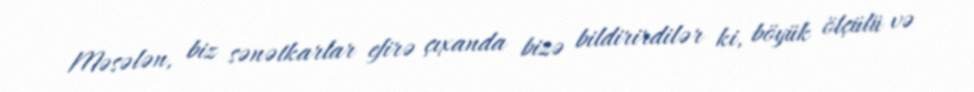
Məsələn, biz sənətkarlar efirə çıxanda bizə bildirirdilər ki, böyük ölçülü və